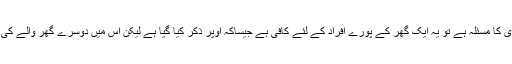
جہاں تک میڈھا اور بکرا،بکری کا مسئلہ ہے تو یہ ایک گھر کے پورے افراد کے لئے کافی ہے جیساکہ اوپر ذکر کیا گیا ہے لیکن اس میں دوسرے گھر والے کی طرف سے شرکت نہیں ہوگی۔